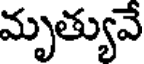
మృత్యువే